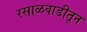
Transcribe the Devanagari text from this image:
रसाळवाडीतून